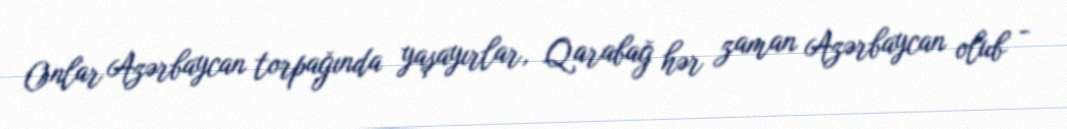
Onlar Azərbaycan torpağında yaşayırlar, Qarabağ hər zaman Azərbaycan olub -